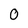
Character: 0